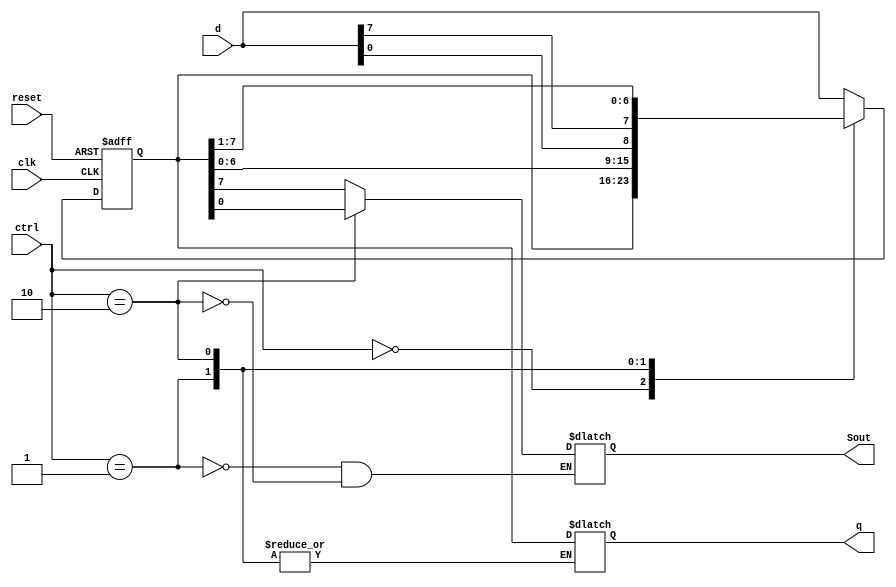
`timescale 1ns / 1ps
//////////////////////////////////////////////////////////////////////////////////
// Company: 
// Engineer: 
// 
// Design Name: 
// Module Name: Uni_shift_reg
// Project Name: 
// Target Devices: 
// Tool Versions: 
// Description: 
// 
// Dependencies: 
// 
// Revision:
// Revision 0.01 - File Created
// Additional Comments:
// 
//////////////////////////////////////////////////////////////////////////////////


module univ_shift_reg #(parameter N=8)(
    input wire clk,reset,
    input wire [1:0] ctrl,
    input wire [N-1: 0] d, 
    output reg [N-1 : 0] q, 
    output reg Sout
);


// signal declaration
 reg [N-1 :0] r_reg, r_next;
 // register body
 
 always @ (posedge clk, posedge reset)
    if  (reset)
    r_reg <= 0;
    else r_reg <= r_next;
    
   // next stage logic 
 always  @ *
    case (ctrl)
        2'b00 : r_next = r_reg;
        2'b01 : r_next = {r_reg [N-2:0], d[0]}; // left
        2'b10 : r_next = {d[N-1], r_reg[N-1:1]}; // right
        default : r_next = d;
    endcase
    
  // output logic 
    always  @ *
       case (ctrl)
           2'b00 : q = r_reg;
           2'b01 : Sout = r_reg[7]; // left
           2'b10 : Sout = r_reg[0]; // right
           default : q = r_reg;
       endcase   
    
   
endmodule